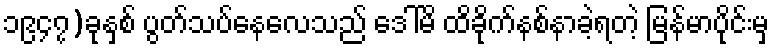
၁၉၄၇)ခုနှစ် ပွတ်သပ်နေလေသည် ဒေါ်မိ ထိခိုက်နစ်နာခဲ့ရတဲ့ မြန်မာပိုင်းမှ